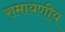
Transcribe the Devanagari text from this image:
रामायणीय